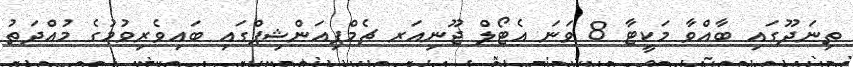
ތިނަދޫގައި ބާއްވާ މަކީޓާ 8 ވަނަ އެޓޯލް ޖޫނިއަރ ޗެމްޕިއަންޝިޕްގައި ބައިވެރިވުމުގެ މުއްދަތު